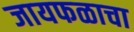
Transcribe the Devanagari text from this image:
जायफळाचा